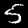
Label: 5